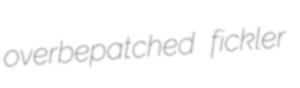
overbepatched fickler